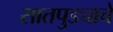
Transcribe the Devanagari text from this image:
सातपुड्याचे